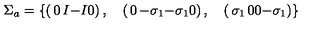
\Sigma _ { a } = \left\{ \left( \begin{matrix} { 0 } & { I } \\ { - I } & { 0 } \\ \end{matrix} \right) , \quad \left( \begin{matrix} { 0 } & { - \sigma _ { 1 } } \\ { - \sigma _ { 1 } } & { 0 } \\ \end{matrix} \right) , \quad \left( \begin{matrix} { \sigma _ { 1 } } & { 0 } \\ { 0 } & { - \sigma _ { 1 } } \\ \end{matrix} \right) \right\}